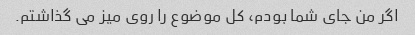
اگر من جای شما بودم، کل موضوع را روی میز می گذاشتم.